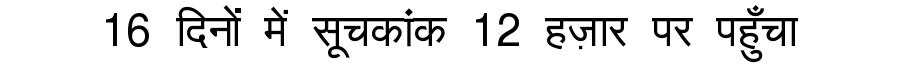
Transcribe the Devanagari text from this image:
16 दिनों में सूचकांक 12 हज़ार पर पहुँचा